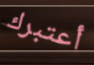
أعتبرك